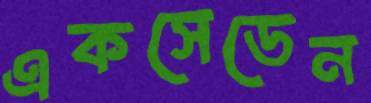
একসেডেন